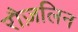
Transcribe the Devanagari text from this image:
रौज़लिन